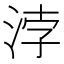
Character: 浡